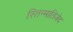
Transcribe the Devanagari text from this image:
स्तिग्मातिजेद